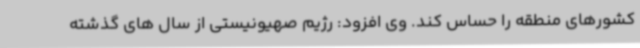
کشورهای منطقه را حساس کند. وی افزود: رژیم صهیونیستی از سال های گذشته